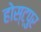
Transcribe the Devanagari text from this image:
होस्ट्पुर